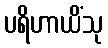
ပရိဟာယိံသု